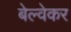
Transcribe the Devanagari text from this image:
बेल्वेकर